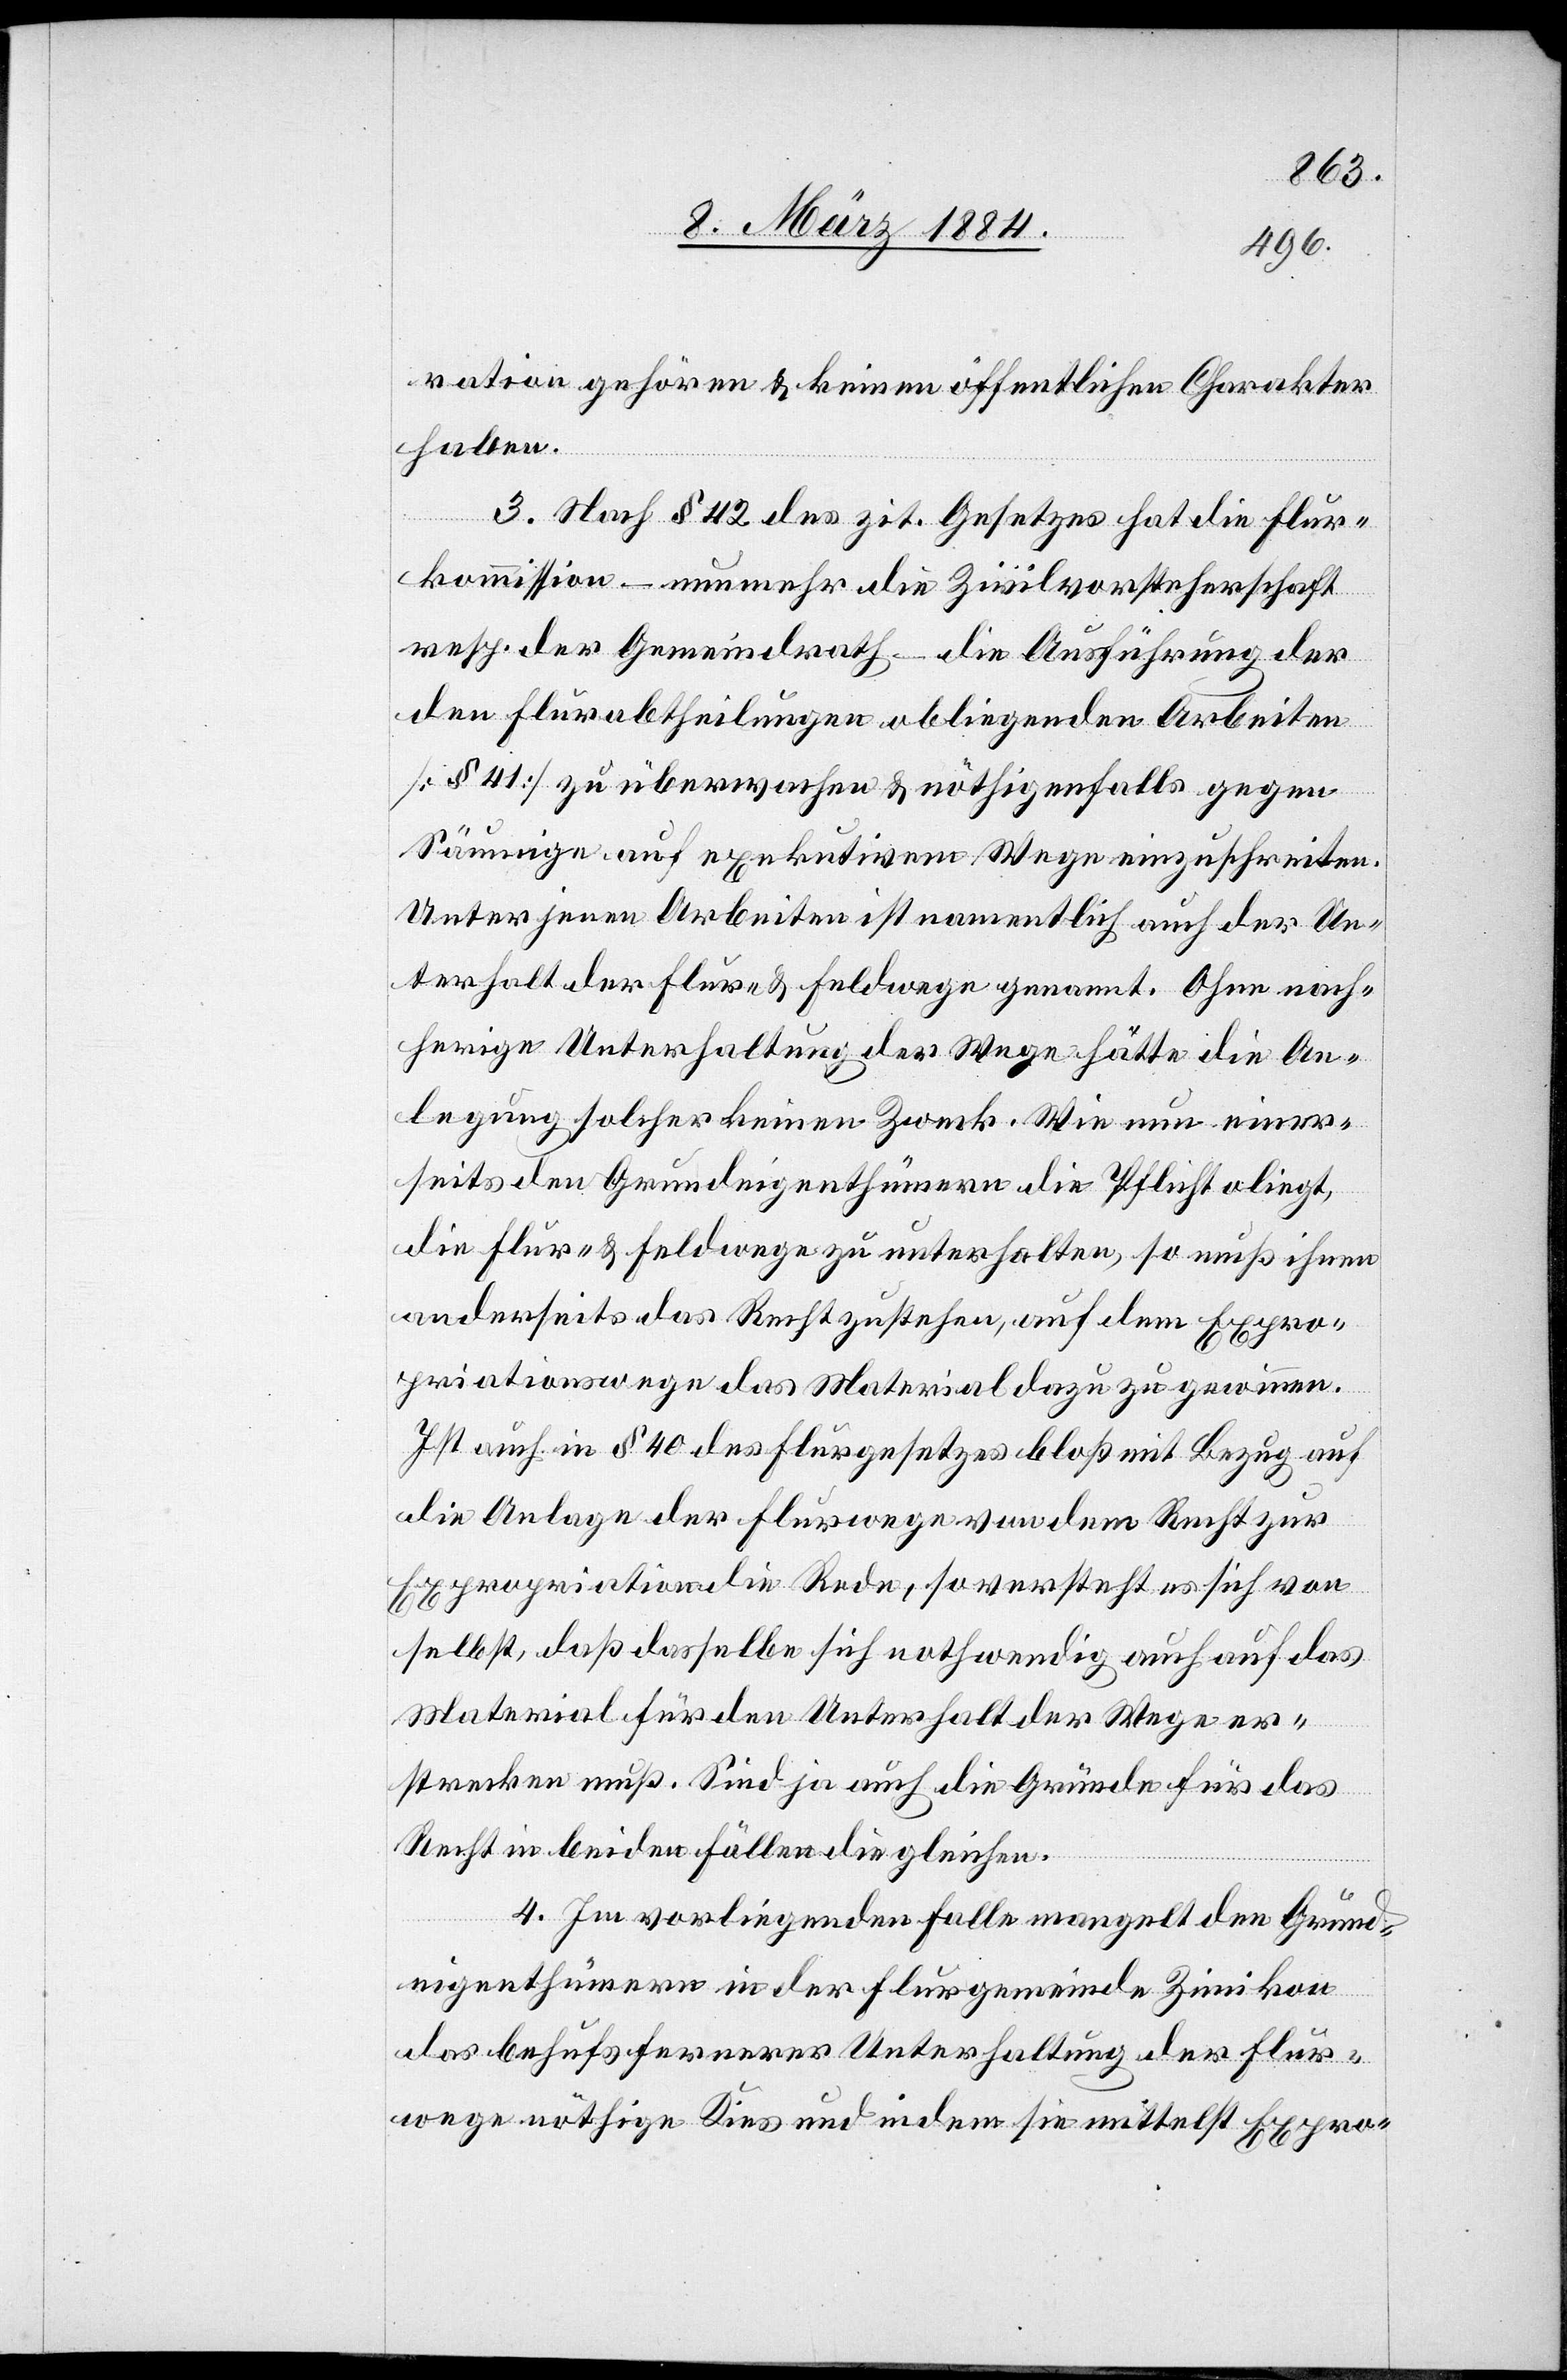
ration gehören & keinen öffentlichen Charakter
haben.
3. Nach § 42 des zit. Gesetzes hat die Flur¬
kommission – nunmehr die Zivilvorsteherschaft
resp. der Gemeindrath – die Ausführung der
den Flurabtheilungen obliegenden Arbeiten
[§ 41] zu überwachen & nöthigenfalls gegen
Säumige auf exekutivem Wege einzuschreiten.
Unter jenen Arbeiten ist namentlich auch der Un¬
terhalt der Flur- & Feldwege genannt. Ohne nach¬
herige Unterhaltung der Wege hätte die An¬
legung solcher keinen Zweck. Wie nun einer¬
seits den Grundeigenthümern die Pflicht obliegt,
die Flur- & Feldwege zu unterhalten, so muß ihnen
anderseits das Recht zustehen, auf dem Expro¬
priationswege das Material dazu zu gewinnen.
Ist auch in § 40 des Flurgesetzes bloß mit Bezug auf
die Anlage der Flurwege von dem Recht zur
Expropriation die Rede, so versteht es sich von
selbst, daß dasselbe sich nothwendig auch auf das
Material für den Unterhalt der Wege er¬
strecken muß. Sind ja auch die Gründe für das
Recht in beiden Fällen die gleichen.
4. Im vorliegenden Falle mangelt den Grund¬
eigenthümern in der Flurgemeinde Zimikon
das behufs fernerer Unterhaltung der Flur¬
wege nöthige Kies und indem sie mittelst Expro-